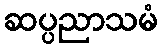
ဆပ္ပညာသမံ